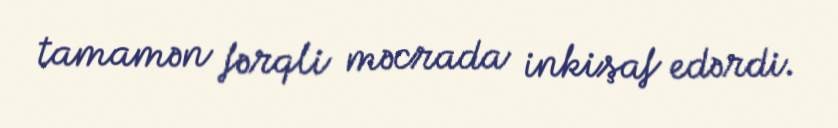
tamamən fərqli məcrada inkişaf edərdi.